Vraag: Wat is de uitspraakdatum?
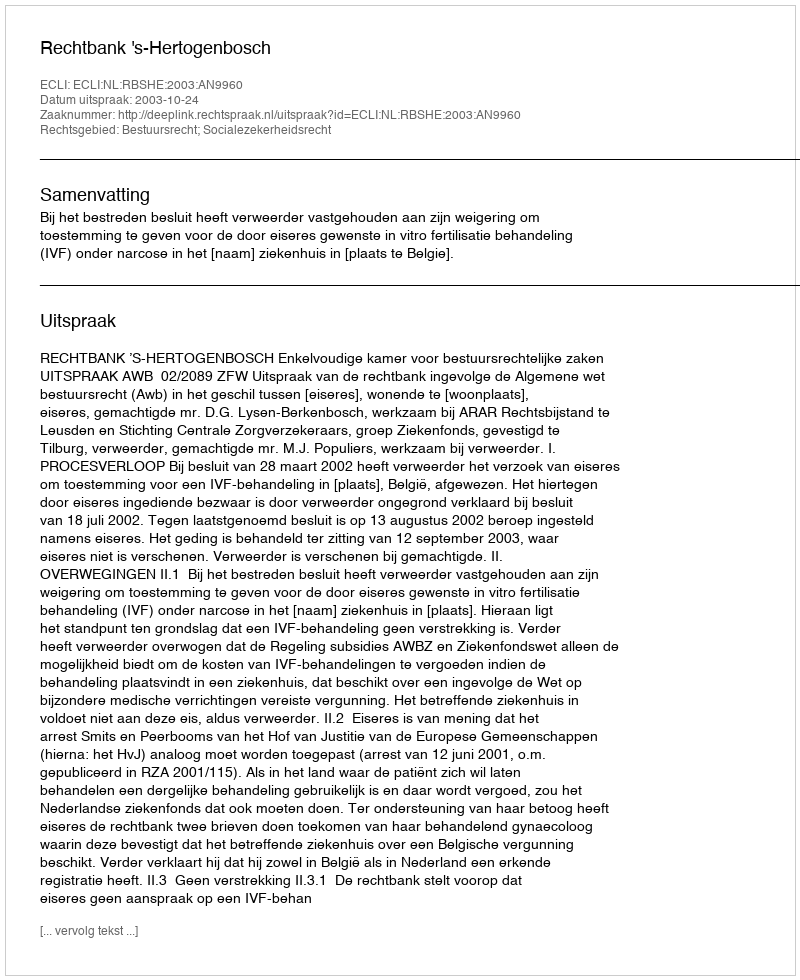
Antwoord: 2003-10-24